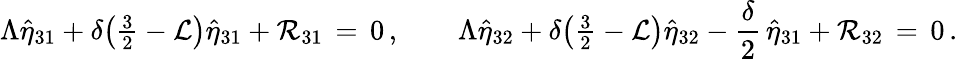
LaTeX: \Lambda\hat{\eta}_{31}+\delta\bigl({\textstyle\frac{3}{2}}-\mathcal{L}\bigr)\hat{\eta}_{31}+\mathcal{R}_{31}\, =\, 0\, ,\qquad\Lambda\hat{\eta}_{32}+\delta\bigl({\textstyle\frac{3}{2}}-\mathcal{L}\bigr)\hat{\eta}_{32}-\frac{\delta}{2}\, \hat{\eta}_{31}+\mathcal{R}_{32}\, =\, 0\, .